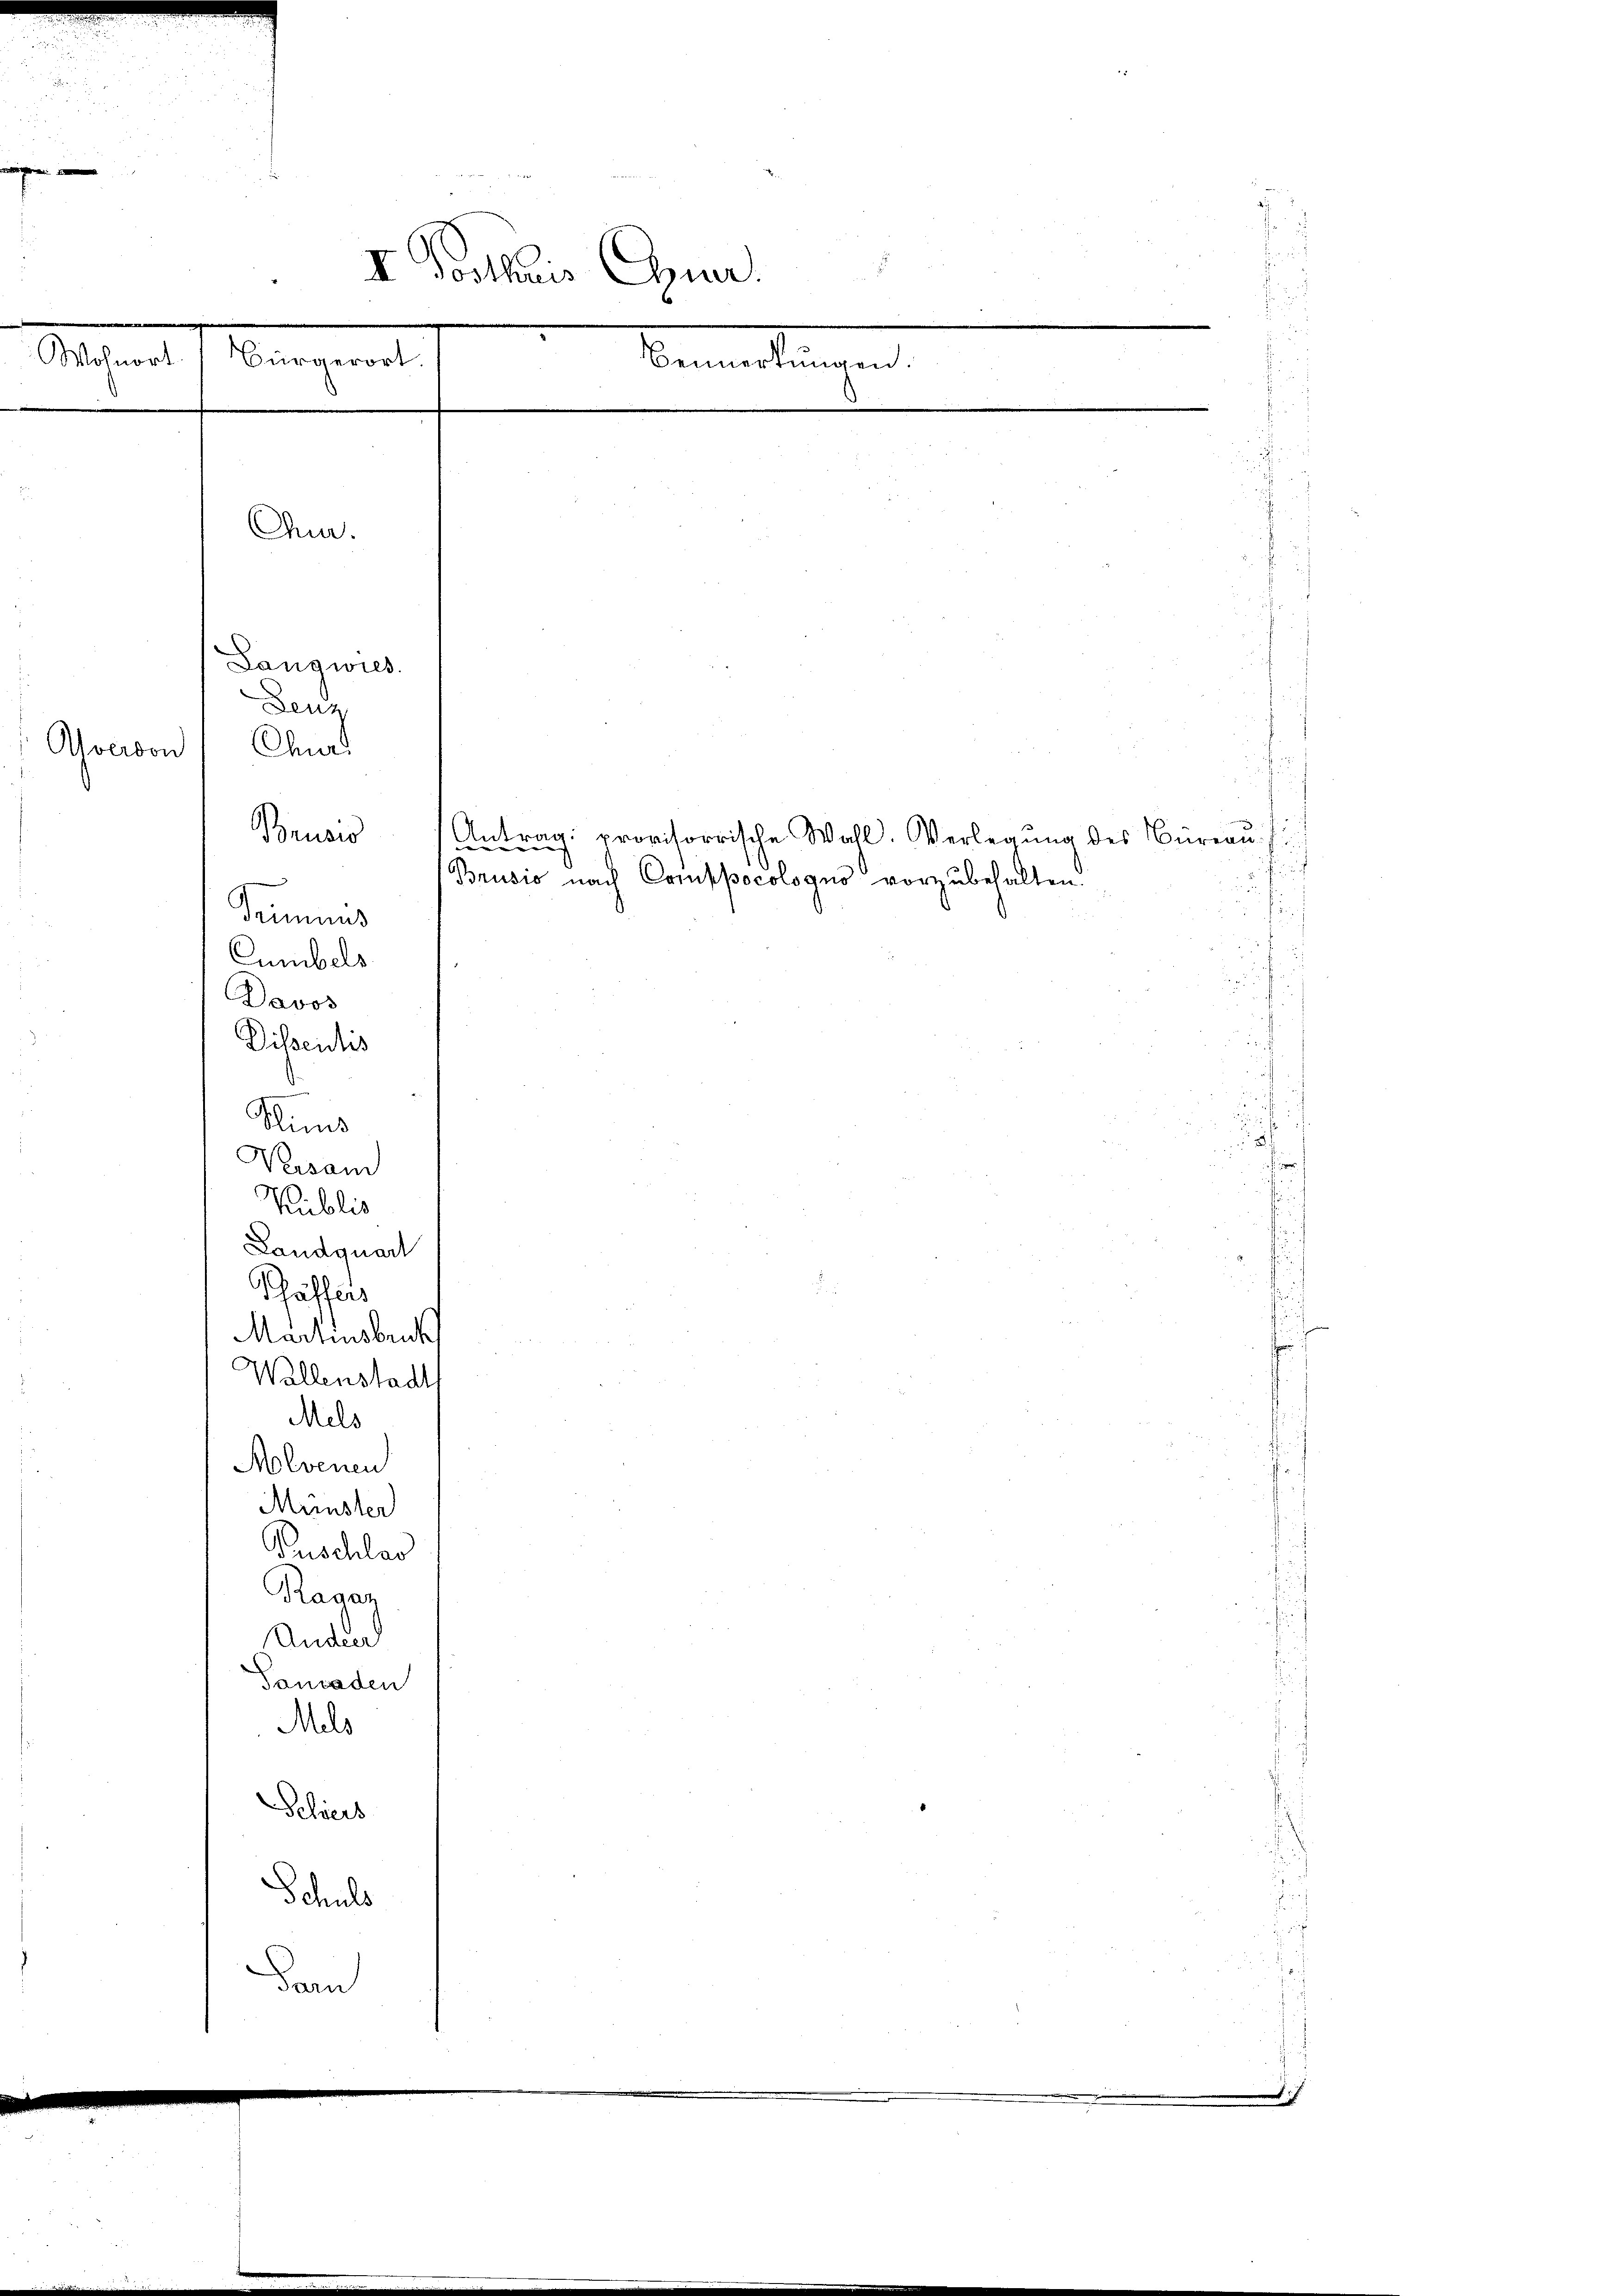
d

.
II Posthauris Auer.

Wohnort (Bürgerort.
Bemerkungen
.

n
e
3.
u

d
Slims
Versand
Kublic
Landquart
Phäffers
Martinsbruch
Wallenstadt
Mels
Molvenen
Münster
Puschlas
Raaaz
Ander
Tanaden
Mils
Schiers
Schuld
Dam

Averson

Cm.
Langwies.
Fenz
Chur
Trumens
Cumbels
Davos
Dissentis

7
u

Brusio Antrag: provisorrische Wahl. Verlegung des Büreau¬
Brusio nach Comppocologus vorzubehalten